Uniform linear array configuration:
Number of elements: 16
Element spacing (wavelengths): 0.5
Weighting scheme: binomial
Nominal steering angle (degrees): -30
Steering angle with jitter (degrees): -30.246
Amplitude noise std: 0.05
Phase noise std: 0.05

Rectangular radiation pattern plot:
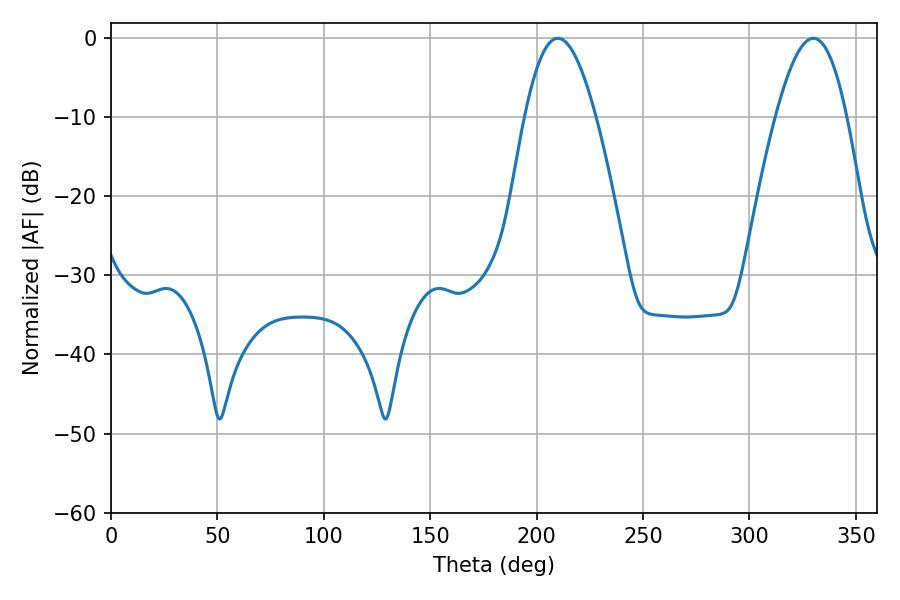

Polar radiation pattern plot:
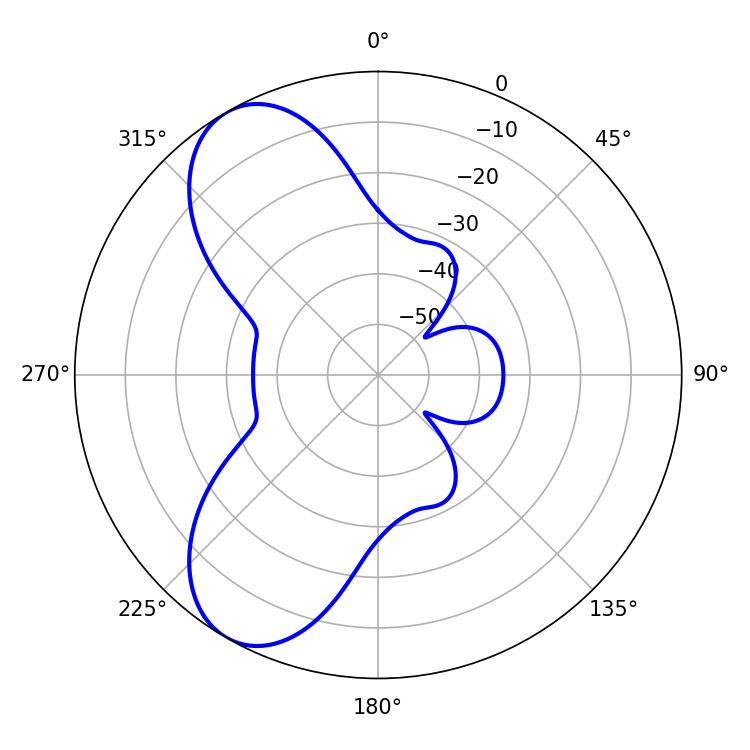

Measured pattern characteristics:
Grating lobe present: FALSE
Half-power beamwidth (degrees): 18.18
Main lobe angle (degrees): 209.88